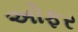
અોફર